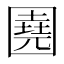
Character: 𡈦